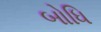
બોધિ